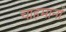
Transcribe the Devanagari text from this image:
चाहमानों